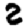
Digit: 2